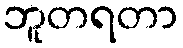
ဘူတရတာ